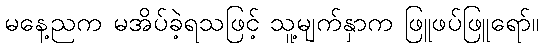
မနေ့ညက မအိပ်ခဲ့ရသဖြင့် သူ့မျက်နှာက ဖြူဖပ်ဖြူရော်။